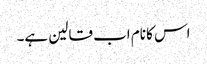
اس کا نام اب قالین ہے۔